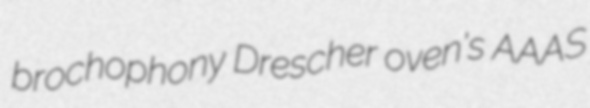
brochophony Drescher oven's AAAS